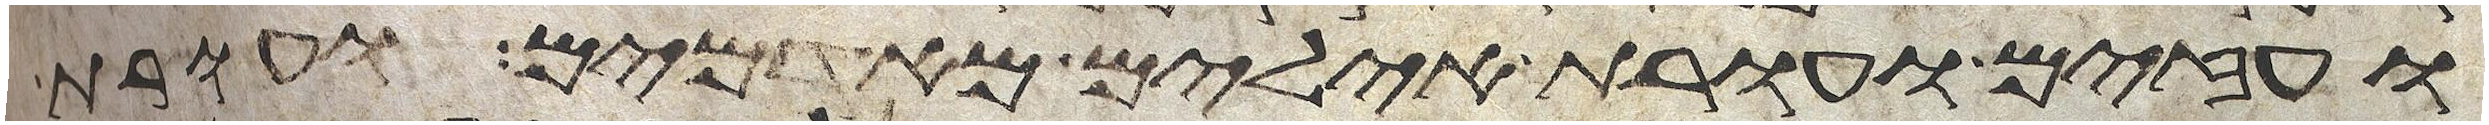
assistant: ועזים ועורת אילים מאדמים ועורת